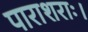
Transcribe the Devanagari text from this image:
पाराशराः।